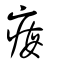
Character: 痗